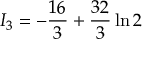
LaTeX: I _ { 3 } = - { \frac { 1 6 } { 3 } } + { \frac { 3 2 } { 3 } } \ln 2